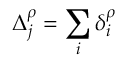
\Delta _ { j } ^ { \rho } = \sum _ { i } \delta _ { i } ^ { \rho }